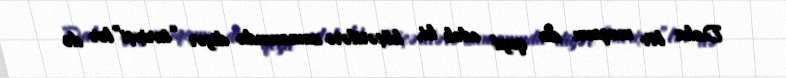
Daha bir məqamı da qeyd edək ki, köçərilərə zamanında digər “tarixçi”lər də